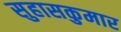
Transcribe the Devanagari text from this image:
सुहासकुमार